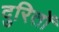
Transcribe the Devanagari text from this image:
दुरितों